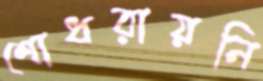
শোধরায়নি